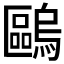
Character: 𠥹